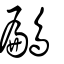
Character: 鶣